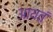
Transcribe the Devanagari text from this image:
आयतं